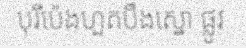
បុរីប៉េងហួតបឹងស្នោ ផ្លូវ